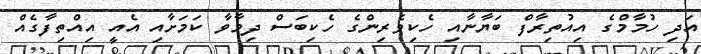
އަދި ހުމާމްގެ އިއުތިރާފް ބަޔާނާއި ހެކިވެރިންގެ ހެކިބަސް ދިމާވާ ކަމަށާއި އެއީ އިއްތިފާގެއް